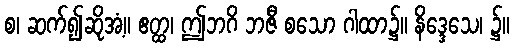
စ၊ ဆက်၍ဆိုအံ့။ ဧတ္ထ၊ ဤဘဂိ ဘဇီ စသော ဂါထာ၌။ နိဒ္ဒေသေ၊ ၌။